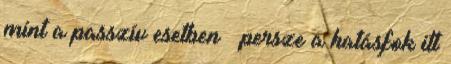
mint a passzív esetben – persze a hatásfok itt